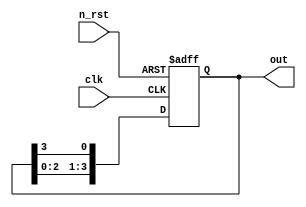
module ring_counter(
    input clk,
    input n_rst,
    output reg [3:0] out
);

always @(posedge clk or negedge n_rst) begin
    if(!n_rst)
        out <= 4'b0001;
    else
        out <= {out[2:0], out[3]};
end

endmodule